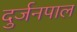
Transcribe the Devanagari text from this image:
दुर्जनपाल